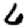
Digit: 6